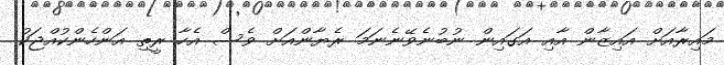
މައިރާއަށް އައިޒާން އާއި އަގައިން ނުބުނެވޭނެނަމަ ރެޔާންއަށް ވެސް އެހާ ރީތި އަންހެންކުއްޖަކު